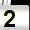
Digit: 2